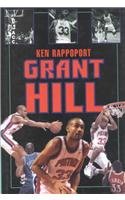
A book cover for Grant Hill; Ken Rappoport; Teen & Young Adult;